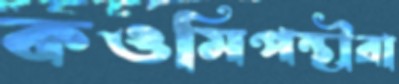
কওমিপন্থীরা